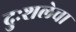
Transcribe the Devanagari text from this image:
दुःशलेचा